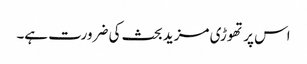
اس پر تھوڑی مزید بحث کی ضرورت ہے۔